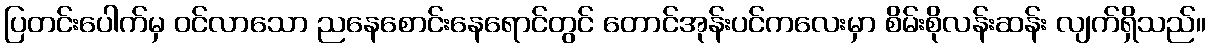
ပြတင်းပေါက်မှ ဝင်လာသော ညနေစောင်းနေရောင်တွင် တောင်အုန်းပင်ကလေးမှာ စိမ်းစိုလန်းဆန်း လျက်ရှိသည်။